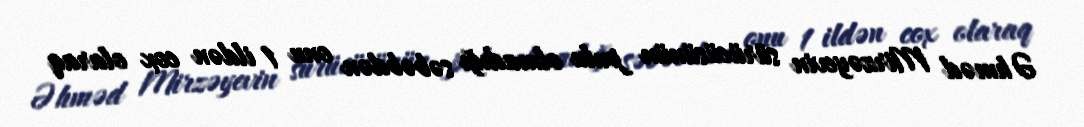
Əhməd Mirzəyevin sürücüsünün pulu olmadığı səbəbdən onu 1 ildən cox olaraq